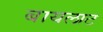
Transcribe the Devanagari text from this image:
बायलाट